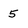
Character: 5